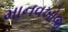
માનવખોજ